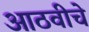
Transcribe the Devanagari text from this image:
आठवीचे